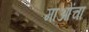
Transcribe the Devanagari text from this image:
माओंचा